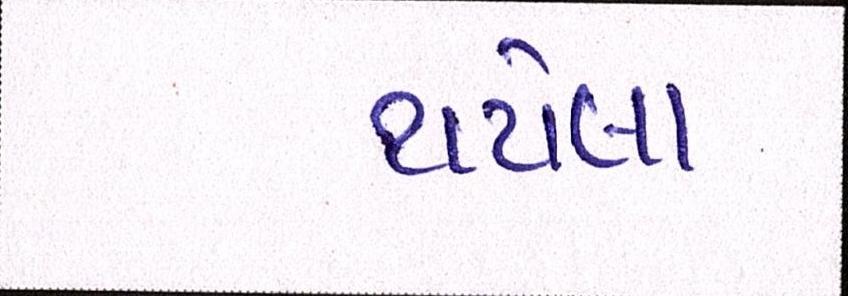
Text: થએલા